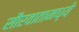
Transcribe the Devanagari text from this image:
सौरवातामध्ये